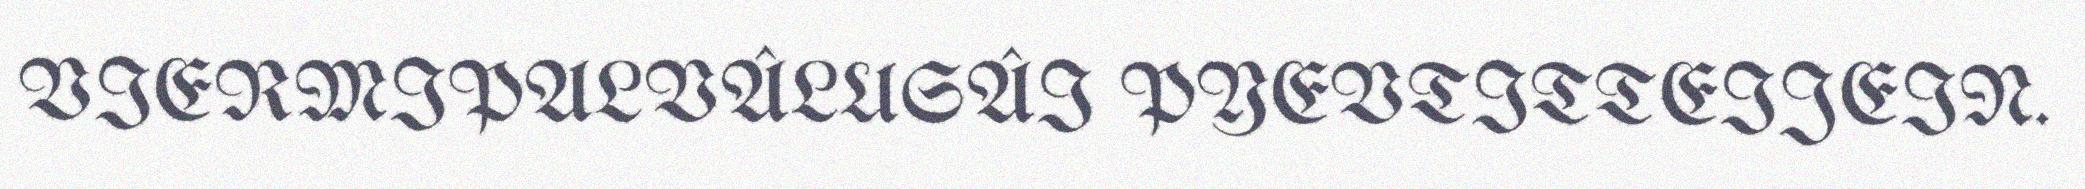
VIERMIPALVÂLUSÂI PYEVTITTEIJEIN.